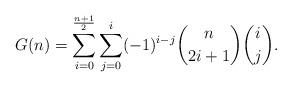
LaTeX: \begin{align*}G(n)=\sum \limits_{i=0}^{\frac{n+1}{2}}\sum \limits_{j=0}^{i}(-1)^{i-j}\binom{n}{2i+1} \binom{i}{j}.\end{align*}